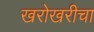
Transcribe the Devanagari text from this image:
खरोखरीचा